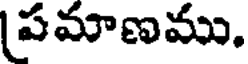
పమాణము.